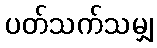
ပတ်သက်သမျှ